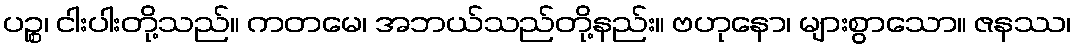
ပဉ္စ၊ ငါးပါးတို့သည်။ ကတမေ၊ အဘယ်သည်တို့နည်း။ ဗဟုနော၊ များစွာသော။ ဇနဿ၊